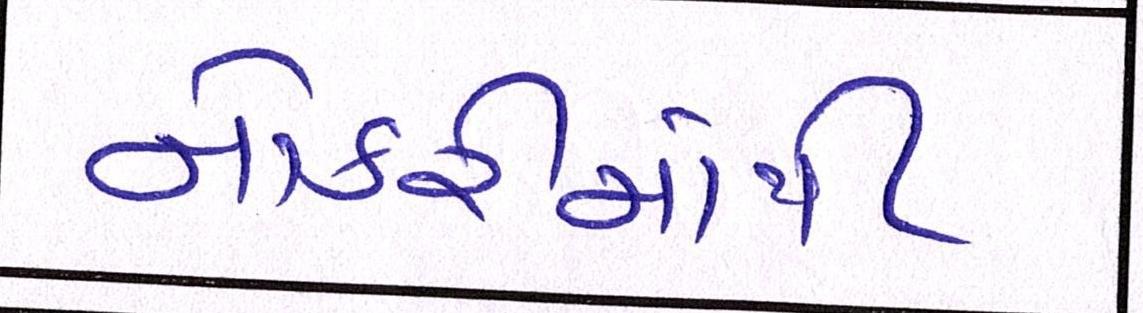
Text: નોકરીમાંથી